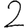
Digit: 2